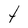
Character: t